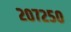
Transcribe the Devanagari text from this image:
२०७२५०